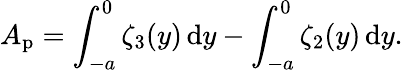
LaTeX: A_{\mathrm{p}}=\int_{-a}^{0}\zeta_{3}(y)\, \mathrm{d}y-\int_{-a}^{0}\zeta_{2}(y)\, \mathrm{d}y.